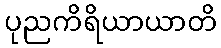
ပုညကိရိယာယာတိ